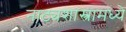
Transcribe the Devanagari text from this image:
नाट्यशास्त्रामध्ये